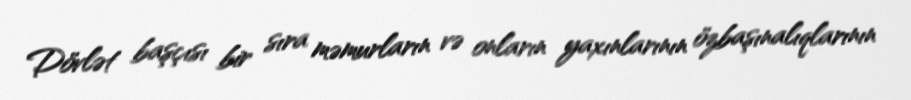
Dövlət başçısı bir sıra məmurların və onların yaxınlarının özbaşınalıqlarının